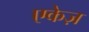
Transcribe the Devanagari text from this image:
एकेज़